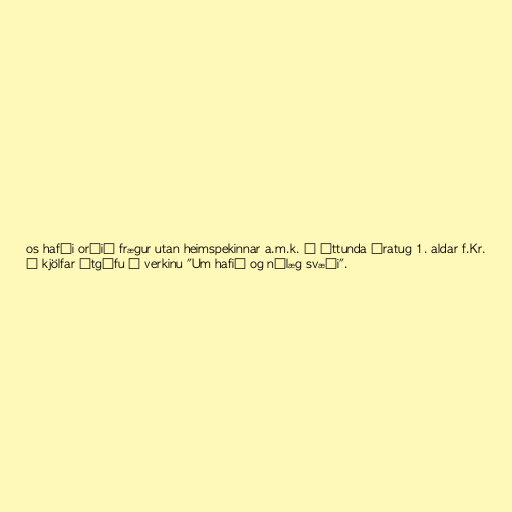
os hafði orðið frægur utan heimspekinnar a.m.k. á áttunda áratug 1. aldar f.Kr.
í kjölfar útgáfu á verkinu "Um hafið og nálæg svæði".